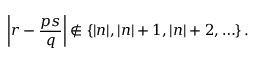
\left| r - \frac { p s } { q } \right| \not \in \{ | n | , | n | + 1 , | n | + 2 , \ldots \} \, .